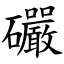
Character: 礹